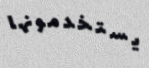
يستخدمونها